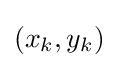
\left(x_{k},y_{k}\right)